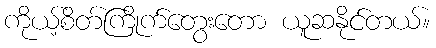
ကိုယ့်စိတ်ကြိုက်တွေးတော ယူဆနိုင်တယ်။